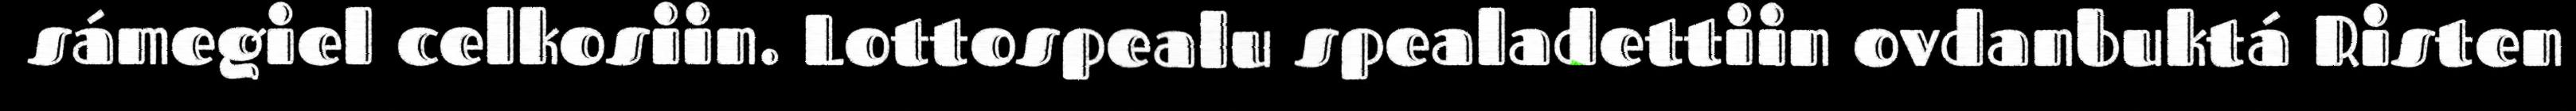
sámegiel celkosiin. Lottospealu spealadettiin ovdanbuktá Risten